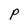
Character: P